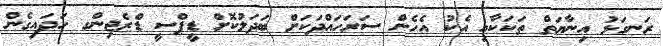
ރަނގަޅު އިނާޔަތް ތަކަކާއި އެކު އެހެން ސަރަހައްދަކަށް ބަދަލުކޮށް ޑީޕްސީ ޑްރެޖިންގ ހަދައިގެން